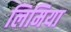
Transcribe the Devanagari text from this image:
लिमिया